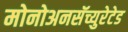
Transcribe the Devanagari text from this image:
मोनोअनसॅच्युरेटेड